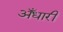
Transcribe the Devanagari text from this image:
अँधारी